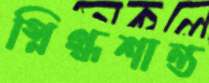
স্নিগ্ধশান্ত